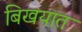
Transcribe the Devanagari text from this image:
बिखयात